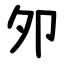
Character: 夘